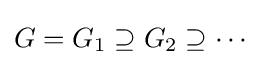
G=G_{1}\supseteq G_{2}\supseteq \cdots